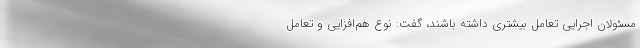
مسئولان اجرایی تعامل بیشتری داشته باشند، گفت: نوع هم‌افزایی و تعامل